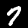
Digit: 7